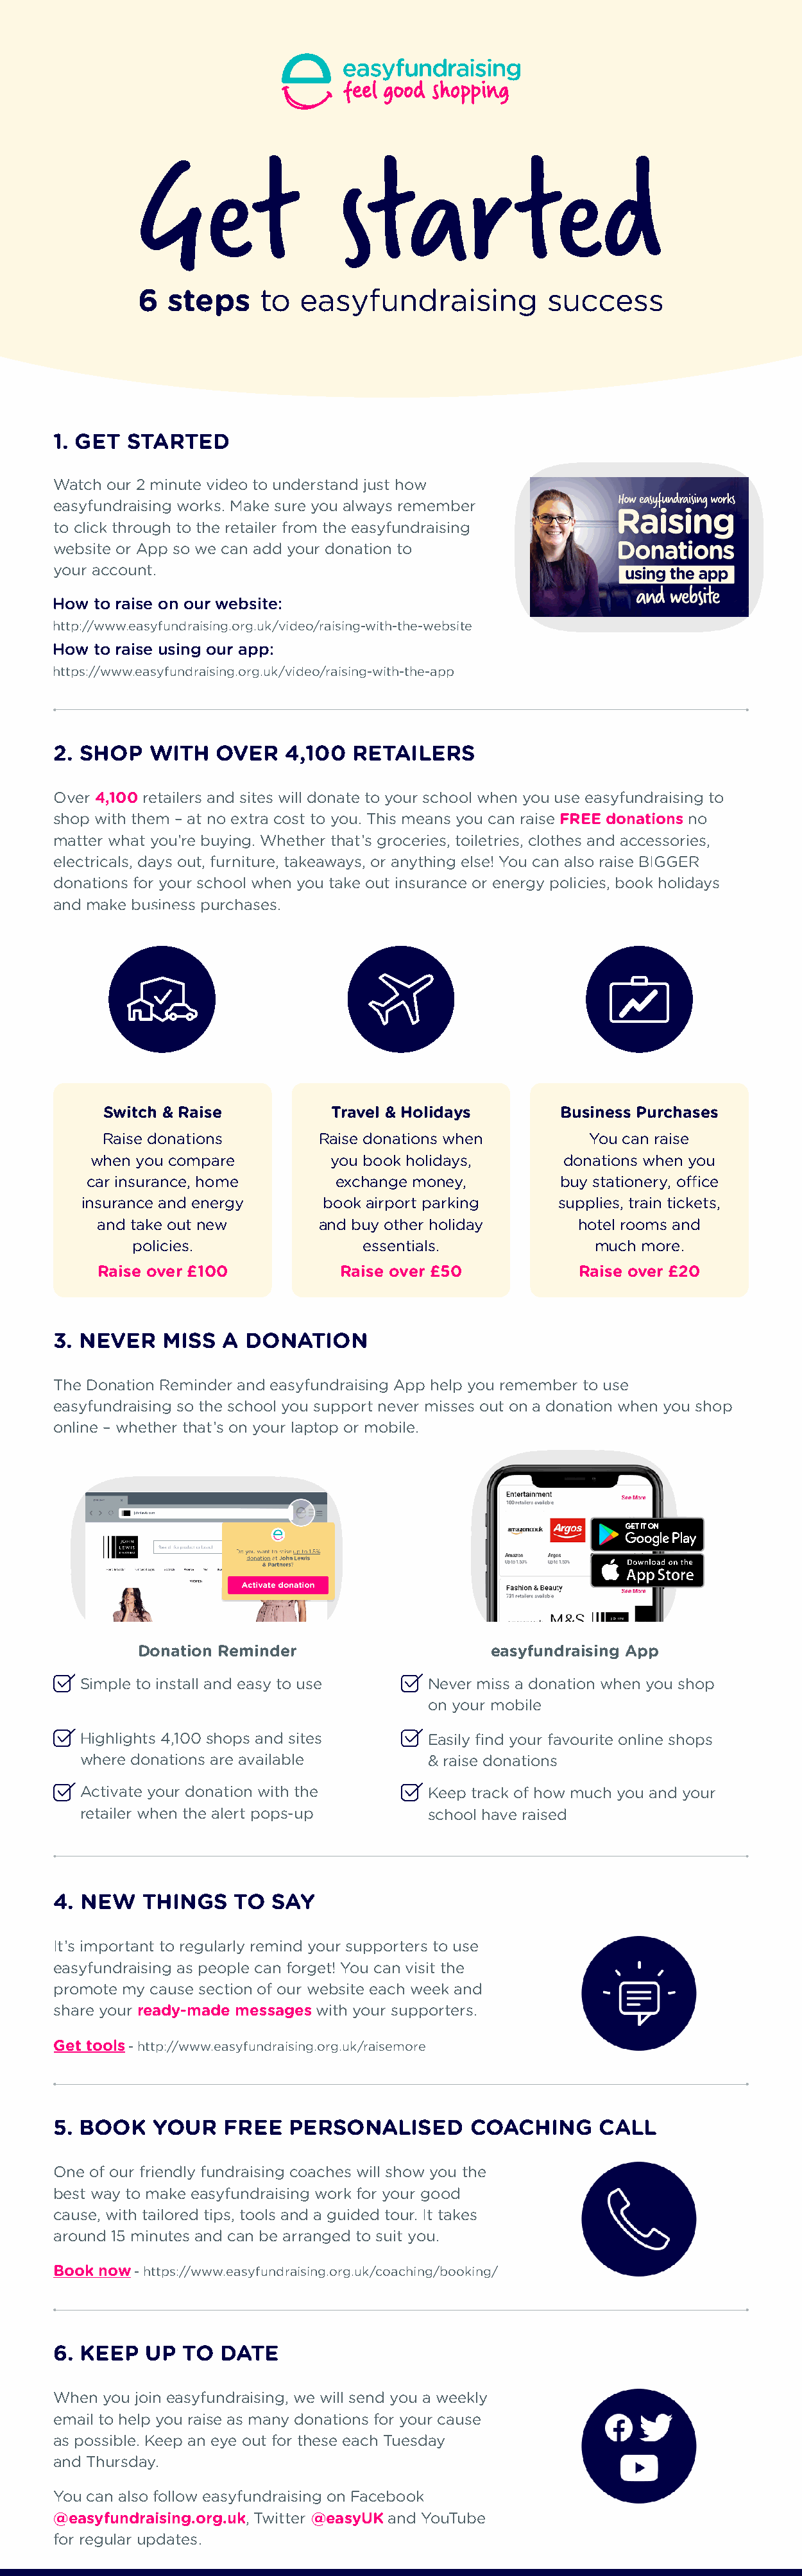
Get                  started
 6  steps     to  easyfundraising          success
 1. GET STARTED
 Watch our 2 minute video to understand just how
 easyfundraising works. Make sure you always remember
 to click through to the retailer from the easyfundraising
 website or App so we can add your donation to
 your account.
 How  to raise on our website:
 http://www.easyfundraising.org.uk/video/raising-with-the-website
 How  to raise using our app:
 https://www.easyfundraising.org.uk/video/raising-with-the-app
 2. SHOP  WITH   OVER   4,100  RETAILERS
 Over 4,100 retailers and sites will donate to your school when you use easyfundraising to
 shop with them – at no extra cost to you. This means you can raise FREE donations no
 matter what you’re buying. Whether that’s groceries, toiletries, clothes and accessories,
 electricals, days out, furniture, takeaways, or anything else! You can also raise BIGGER
 donations for your school when you take out insurance or energy policies, book holidays
 and make business purchases.
 Switch & Raise         Travel & Holidays       Business Purchases
 Raise donations       Raise donations when        You can raise
 when you compare         you book holidays,      donations when you
 car insurance, home       exchange money,        buy stationery, office
 insurance and energy     book airport parking     supplies, train tickets,
 and take out new       and buy other holiday      hotel rooms and
 policies.              essentials.             much more.
 Raise over £100          Raise over £50           Raise over £20
 3. NEVER   MISS  A DONATION
 The Donation Reminder and easyfundraising App help you remember to use
 easyfundraising so the school you support never misses out on a donation when you shop
 online – whether that’s on your laptop or mobile.
 Donation Reminder                    easyfundraising App
 Simple to install and easy to use   Never miss a donation when you shop
 on your mobile
 Highlights 4,100 shops and sites    Easily find your favourite online shops
 where donations are available       & raise donations
 Activate your donation with the     Keep track of how much you and your
 retailer when the alert pops-up     school have raised
 4. NEW   THINGS   TO  SAY
 It’s important to regularly remind your supporters to use
 easyfundraising as people can forget! You can visit the
 promote my cause section of our website each week and
 share your ready-made messages with your supporters.
 Get tools - http://www.easyfundraising.org.uk/raisemore
 5. BOOK   YOUR   FREE   PERSONALISED      COACHING      CALL
 One of our friendly fundraising coaches will show you the
 best way to make easyfundraising work for your good
 cause, with tailored tips, tools and a guided tour. It takes
 around 15 minutes and can be arranged to suit you.
 Book now - https://www.easyfundraising.org.uk/coaching/booking/
 6. KEEP  UP  TO  DATE
 When you join easyfundraising, we will send you a weekly
 email to help you raise as many donations for your cause
 as possible. Keep an eye out for these each Tuesday
 and Thursday.
 You can also follow easyfundraising on Facebook
 @easyfundraising.org.uk, Twitter @easyUK and YouTube
 for regular updates.